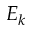
E _ { k }